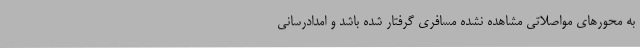
به محورهای مواصلاتی مشاهده نشده مسافری گرفتار شده باشد و امدادرسانی